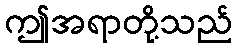
ဤအရာတို့သည်